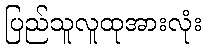
ပြည်သူလူထုအားလုံး